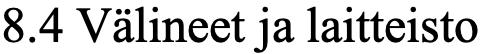
8.4 Välineet ja laitteisto